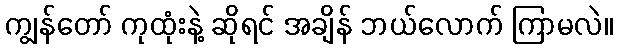
ကျွန်တော် ကုထုံးနဲ့ ဆိုရင် အချိန် ဘယ်လောက် ကြာမလဲ။